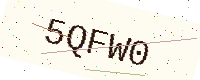
Text: 5QFW0